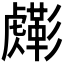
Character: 𧈎